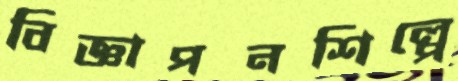
বিজ্ঞাপনশিল্পে